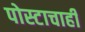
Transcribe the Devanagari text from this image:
पोस्टाचाही